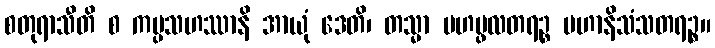
စတုရာသီတိ စ ကပ္ပသဟဿာနိ အာယုံ ဒေတိ၊ တသ္မာ မဟပ္ဖလတရဉ္စ မဟာနိသံသတရဉ္စ။